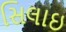
સિલાઇ